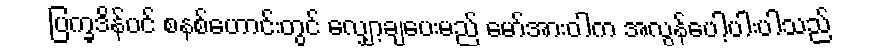
ပြက္ခဒိန်ပင် စနစ်ဟောင်းတွင် လျှော့ချပေးမည် မော်အားဝါက အလွန်ပေါ့ပါးပါသည်